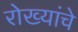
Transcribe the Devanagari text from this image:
रोख्यांचे